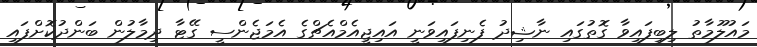
މައުލޫމާތު ލިބިފައިވާ ގޮތުގައި ނާޝިދު ފެނިފައިވަނީ އައިޖީއެމްއެޗްގެ އެމަޖެންސީ ގޭޓާ ދިމާލުން ބަންދުކޮށްފައި